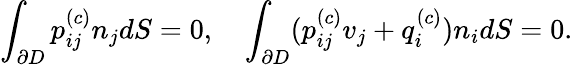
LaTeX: \int_{\partial D}p_{ij}^{(c)}n_{j}dS=0,\quad\int_{\partial D}(p_{ij}^{(c)}v_{j}+q_{i}^{(c)})n_{i}dS=0.